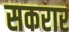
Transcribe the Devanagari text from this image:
सकरार